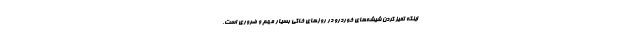
اینکه تمیز کردن شیشه‌های خوردرو در روزهای خاکی بسیار مهم و ضروری است،